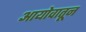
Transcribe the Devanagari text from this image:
आयोवातून